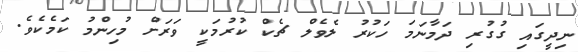
ނިދީގައި ގުގުރި ދަމާނަމަ ހަކުރު ލެވެލް ޗެކް ކުރުމަކީ ވަރަށް މުހިންމު ކަމެކެވެ.